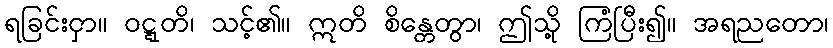
ရခြင်းငှာ။ ဝဋ္ဋတိ၊ သင့်၏။ ဣတိ စိန္တေတွာ၊ ဤသို့ ကြံပြီး၍။ အရညတော၊